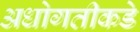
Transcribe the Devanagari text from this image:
अधोगतीकडे